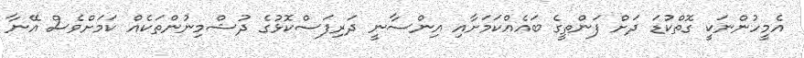
އެމީހުންނަކީ ގޮތްކުޑަ ދަށް ފަންތީގެ ބައެއްކަމަށާއި އިންސާނީ ދަރިފަސްކޮޅުގެ ދުޝްމިނުންތަކެއް ކަމަށްވެސް އޭނާ